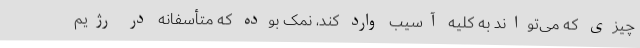
چیزی که می‌تواند به کلیه آسیب وارد کند، نمک بوده که متأسفانه در رژیم